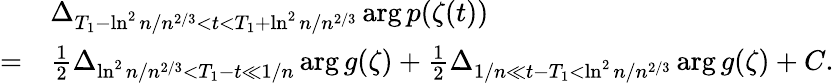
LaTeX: \begin{array}{rl}&{\Delta_{T_{1}-\ln^{2}n/n^{2/3}<t<T_{1}+\ln^{2}n/n^{2/3}}\arg p(\zeta(t))}\\ {=}&{\frac{1}{2}\Delta_{\ln^{2}n/n^{2/3}<T_{1}-t\ll 1/n}\arg g(\zeta)+\frac{1}{2}\Delta_{1/n\ll t-T_{1}<\ln^{2}n/n^{2/3}}\arg g(\zeta)+C.}\end{array}